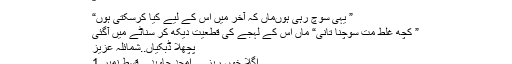
“
” یہی سوچ رہی ہوںماں کہ آخر میں اس کے لیے کیا کرسکتی ہوں“
” کچھ غلط مت سوچنا تانی“ ماں اس کے لہجے کی قطعیت دیکھ کر سناٹے میں آگئی
پچھلا ڈبکیاں..شمائلہ عزیز
اگلا خوں ریز… امجد جاوید…قسط نمبر 1